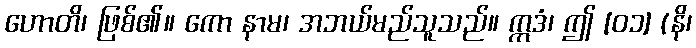
ဟောတိ၊ ဖြစ်၏။ ကော နာမ၊ အဘယ်မည်သူသည်။ ဣဒံ၊ ဤ [၀၁] (နိ၊